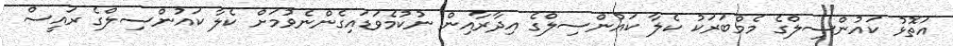
އަތޮޅު ކައުންސިލްގެ މެމްބަރަކު ކެލާ ކައުންސިލްގެ އިދާރާއިން ނުކުމެވަޑައިގެންނެވުމަށް ކެލާ ކައުންސިލްގެ ރައީސް